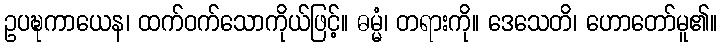
ဥပဍ္ဎကာယေန၊ ထက်ဝက်သောကိုယ်ဖြင့်။ ဓမ္မံ၊ တရားကို။ ဒေသေတိ၊ ဟောတော်မူ၏။